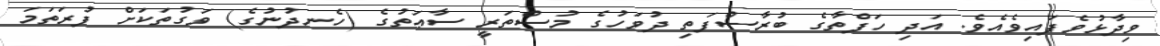
ވިދާޅުވެފައިވެއެވެ. އަދި ހަފްތާގެ ބުރާސްފަތި ދުވަހުގެ މުސްތަރީ ސާޢަތުގެ (ހެނދުނުގެ) ވަގުތަކަށް ފުރަތަމަ